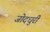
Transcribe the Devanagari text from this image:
जोदधुरी